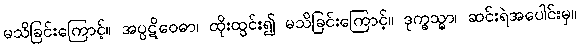
မသိခြင်းကြောင့်။ အပ္ပဋိဝေဓာ၊ ထိုးထွင်း၍ မသိခြင်းကြောင့်။ ဒုက္ခသ္မာ၊ ဆင်းရဲအပေါင်းမှ။